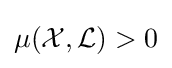
\operatorname {\mu } ({\mathcal {X}},{\mathcal {L}})>0